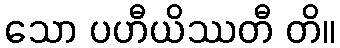
သော ပဟီယိဿတီ တိ။